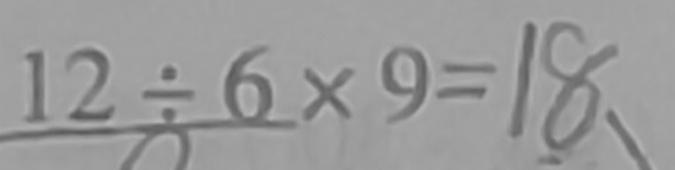
1 2 \div 6 \times 9 = 1 8